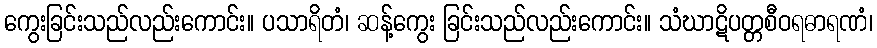
ကွေးခြင်းသည်လည်းကောင်း။ ပသာရိတံ၊ ဆန့်ကွေး ခြင်းသည်လည်းကောင်း။ သံဃာဋိပတ္တစီဝရဓာရဏံ၊